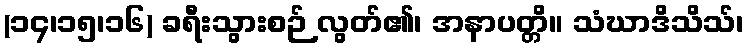
(၁၄၊၁၅၊၁၆) ခရီးသွားစဉ် လွတ်၏၊ အနာပတ္တိ။ သံဃာဒိသိသ်၊